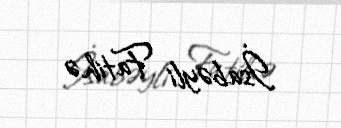
İsabəyli Fatihə